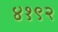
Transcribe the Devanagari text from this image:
४१९२